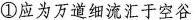
①应为万道细流汇于空谷